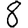
Digit: 8